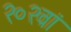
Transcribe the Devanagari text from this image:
२०२वां